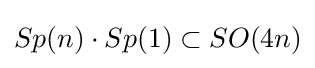
Sp(n)\cdot Sp(1)\subset SO(4n)